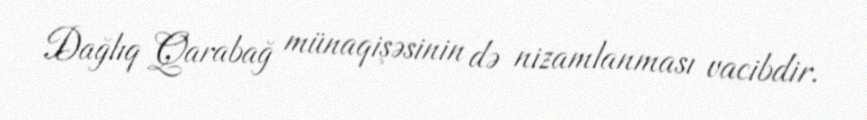
Dağlıq Qarabağ münaqişəsinin də nizamlanması vacibdir.